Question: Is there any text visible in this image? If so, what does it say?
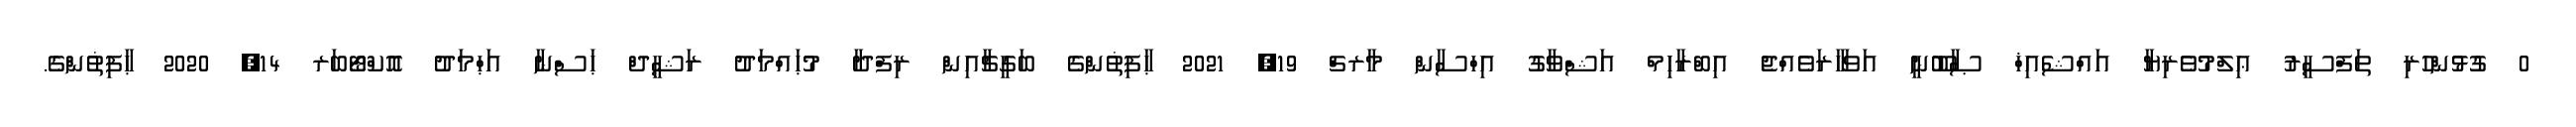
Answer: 0 ގުޅުންހުރި ތަފްސީރު ޢިލްމުވެރިޔާ އައްޝެއިޚް ޞާބޫނީ އަވަހާރަވެއްޖެ އިބްރާހިމް އަޝްވާގު އިހްސާން މާރޗް 19, 2021 ޙާފިޡުންގެ ބަގީޗާއިން ރިފްދާ މުޙައްމަދު ރަޝީދް ޙަސްނާ އަޙްމަދު އޮކްޓޯބަރ 14, 2020 ޙާފިޡުންގެ.